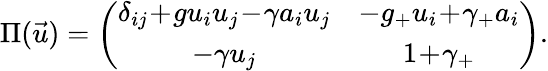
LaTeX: \Pi(\vec{u})=\left(\begin{array}{cc}{{\delta_{ij}\! +\! gu_{i}u_{j}\! -\! \gamma a_{i}u_{j}}}&{{-g_{+}u_{i}\! +\! \gamma_{+}a_{i}}}\\ {{-\gamma u_{j}}}&{{1\! +\! \gamma_{+}}}\end{array}\right).